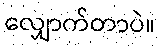
လျှောက်တာပဲ။